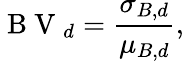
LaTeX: \mathrm{~B~V~}_{d}=\frac{\sigma_{B,d}}{\mu_{B,d}},